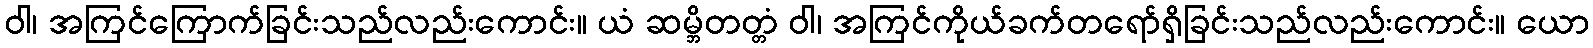
ဝါ၊ အကြင်ကြောက်ခြင်းသည်လည်းကောင်း။ ယံ ဆမ္ဘိတတ္တံ ဝါ၊ အကြင်ကိုယ်ခက်တရော်ရှိခြင်းသည်လည်းကောင်း။ ယော